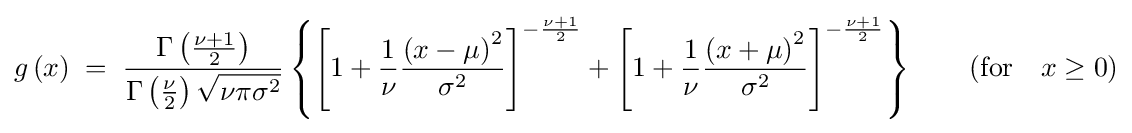
g\left(x\right)\;=\;{\frac {\Gamma \left({\frac {\nu +1}{2}}\right)}{\Gamma \left({\frac {\nu }{2}}\right){\sqrt {\nu \pi \sigma ^{2}}}}}\left\lbrace \left[1+{\frac {1}{\nu }}{\frac {\left(x-\mu \right)^{2}}{\sigma ^{2}}}\right]^{-{\frac {\nu +1}{2}}}+\left[1+{\frac {1}{\nu }}{\frac {\left(x+\mu \right)^{2}}{\sigma ^{2}}}\right]^{-{\frac {\nu +1}{2}}}\right\rbrace \qquad ({\mbox{for}}\quad x\geq 0)